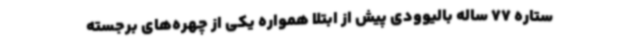
ستاره 77 ساله بالیوودی پیش از ابتلا همواره یکی از چهره‌های برجسته